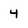
Character: 4